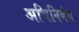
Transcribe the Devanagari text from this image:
अधिनिबंध